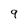
Character: 9